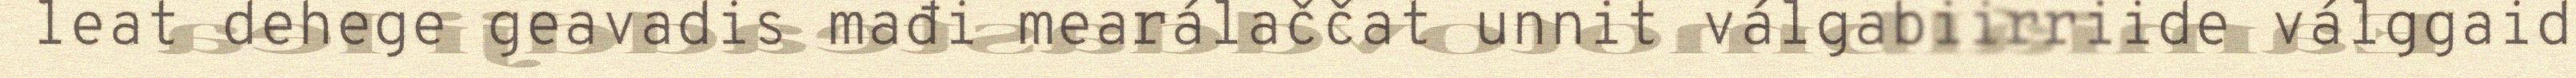
leat dehege geavadis mađi mearálaččat unnit válgabiirriide válggaid